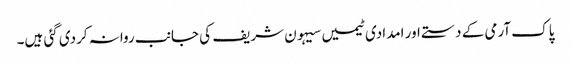
پاک آرمی کے دستے اور امدادی ٹیمیں سیہون شریف کی جانب روانہ کردی گئی ہیں۔